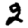
Digit: 2